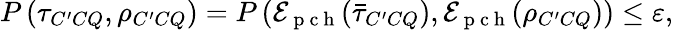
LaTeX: P\left(\tau_{C^{\prime}CQ},\rho_{C^{\prime}CQ}\right)=P\left(\mathcal{E}_{\mathrm{~p~c~h~}}(\bar{\tau}_{C^{\prime}CQ}),\mathcal{E}_{\mathrm{~p~c~h~}}(\rho_{C^{\prime}CQ})\right)\leq\varepsilon,